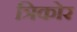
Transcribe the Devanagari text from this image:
त्रिकोर